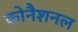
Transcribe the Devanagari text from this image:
कोनैशनल